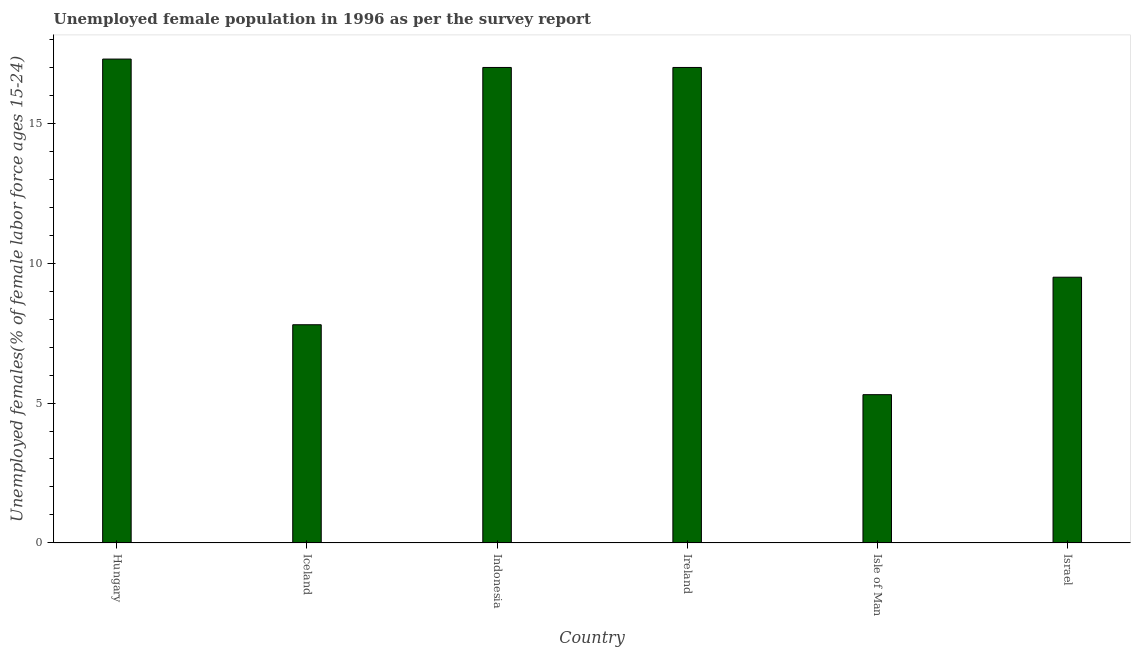
| Country | Unemployment youth female |
 | --- | --- |
 | Hungary | 17.3 |
 | Iceland | 7.8 |
 | Indonesia | 17 |
 | Ireland | 17 |
 | Isle of Man | 5.3 |
 | Israel | 9.5 |